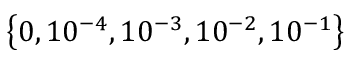
\left\{ 0 , 1 0 ^ { - 4 } , 1 0 ^ { - 3 } , 1 0 ^ { - 2 } , 1 0 ^ { - 1 } \right\}